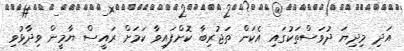
އަދި މިދިޔަ ދުވަސްތަކުގައި އެކަން ތަޖުރިބާ ކޮށްފައިވާ ކަމަށް ރައީސް ޔާމީން ވިދާޅުވި